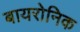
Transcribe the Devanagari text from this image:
बायरोनिक